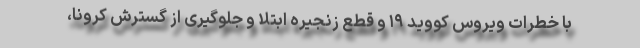
با خطرات ویروس کووید ۱۹ و قطع زنجیره ابتلا و جلوگیری از گسترش کرونا،